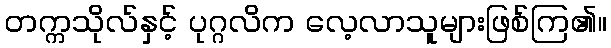
တက္ကသိုလ်နှင့် ပုဂ္ဂလိက လေ့လာသူများဖြစ်ကြ၏။